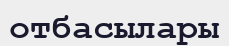
отбасылары